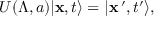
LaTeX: U ( \Lambda , a ) \vert { \bf x } , t \rangle = \vert { \bf x } \, ^ { \prime } , t ^ { \prime } \rangle ,